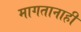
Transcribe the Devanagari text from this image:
मागतानाही